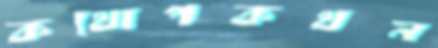
কথোপকথন